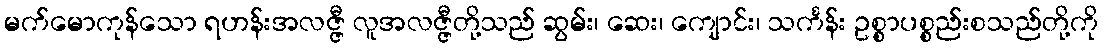
မက်မောကုန်သော ရဟန်းအလဇ္ဇီ လူအလဇ္ဇီတို့သည် ဆွမ်း၊ ဆေး၊ ကျောင်း၊ သင်္ကန်း ဥစ္စာပစ္စည်းစသည်တို့ကို